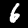
Digit: 6